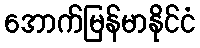
အောက်မြန်မာနိုင်ငံ